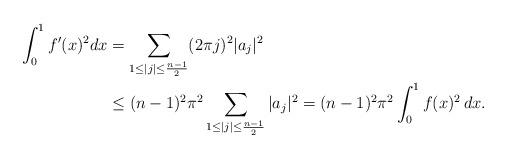
LaTeX: \begin{align*} \int_0^1 f'(x)^2 dx &= \sum_{1 \leq |j| \leq \frac{n-1}{2}} (2 \pi j)^2 |a_j|^2 \\ &\leq (n-1)^2 \pi^2 \sum_{1 \leq |j| \leq \frac{n-1}{2}} |a_j|^2 = (n-1)^2 \pi^2 \int_0^1 f(x)^2 \,dx. \end{align*}